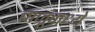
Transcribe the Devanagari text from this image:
बाजूंमध्ये